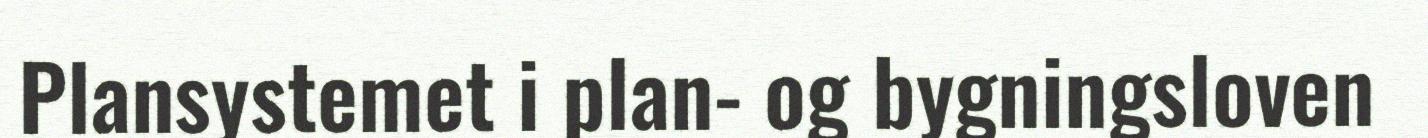
Plansystemet i plan- og bygningsloven